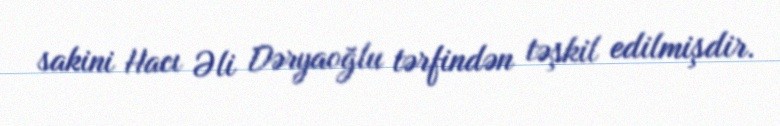
sakini Hacı Əli Dəryaoğlu tərfindən təşkil edilmişdir.